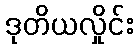
ဒုတိယလှိုင်း